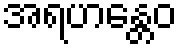
အရဟန္တေဝ